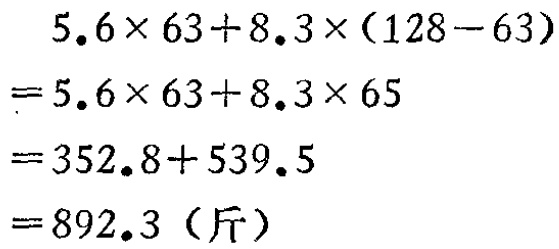
\[
\begin{align*}
&5.6\times63 + 8.3\times(128 - 63)\\
=&5.6\times63 + 8.3\times65\\
=&352.8+539.5\\
=&892.3\ (\text{斤})
\end{align*}
\]